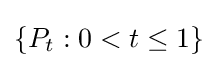
\{P_{t}:0<t\leq 1\}